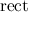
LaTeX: \operatorname { r e c t }